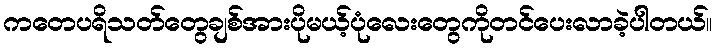
ကတေပရိသတ်တွေချစ်အားပိုမယ့်ပုံလေးတွေကိုတင်ပေးလာခဲ့ပါတယ်။